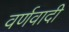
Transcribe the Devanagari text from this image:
वर्णवादी